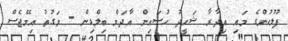
ފުލުހުންގެ މައި އިދާރާ ޝަހީދު ހުސައިން އާދަމް ބިލްޑިން - ވަގުތު އިމޭޖެސް